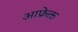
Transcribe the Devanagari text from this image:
आफ्रेक्त